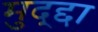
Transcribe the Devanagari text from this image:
मुद्द्दा